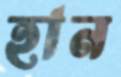
হান